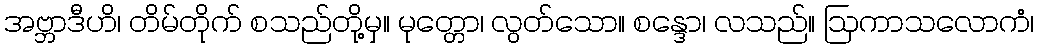
အဗ္ဘာဒီဟိ၊ တိမ်တိုက် စသည်တို့မှ။ မုတ္တော၊ လွတ်သော။ စန္ဒော၊ လသည်။ ဩကာသလောကံ၊